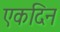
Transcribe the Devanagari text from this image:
एकदिन